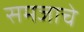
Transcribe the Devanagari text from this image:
समजाचे